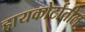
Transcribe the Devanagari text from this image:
हायकोर्टातील